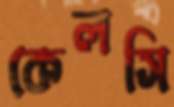
কেলসি